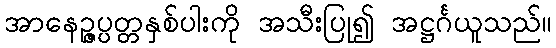
အာနေဉ္ဇပ္ပတ္တနှစ်ပါးကို အသီးပြု၍ အဋ္ဌင်္ဂယူသည်။